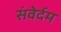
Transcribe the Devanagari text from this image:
संवेर्दम